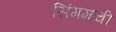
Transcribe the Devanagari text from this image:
सिंगमची